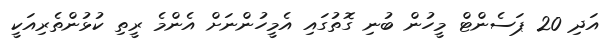
އަދި 20 ޕަސެންޓް މީހުން ބުނި ގޮތުގައި އެމީހުންނަށް އެންމެ ރީތި ކުޅުންތެރިއަކީ